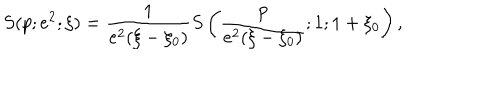
S ( p ; e ^ { 2 } ; \xi ) = \frac { 1 } { e ^ { 2 } ( \xi - \xi _ { 0 } ) } S \left( \frac { p } { e ^ { 2 } ( \xi - \xi _ { 0 } ) } ; 1 ; 1 + \xi _ { 0 } \right) ,